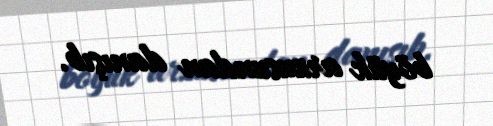
böyük arzusundan danışıb.